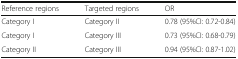
| Reference regions | Targeted regions | OR |
 | --- | --- | --- |
 | Category I | Category II | 0.78 (95%CI: 0.72-0.84) |
 | Category I | Category III | 0.73 (95%CI: 0.68-0.79) |
 | Category II | Category III | 0.94 (95%CI: 0.87-1.02) |